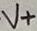
Text: V+